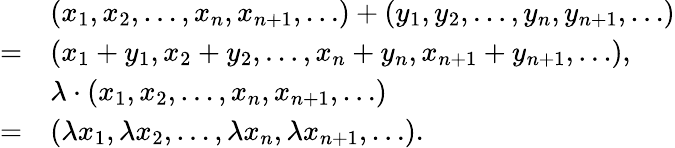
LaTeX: {\begin{array}{rl}&{(x_{1},x_{2},\ldots,x_{n},x_{n+1},\ldots)+(y_{1},y_{2},\ldots,y_{n},y_{n+1},\ldots)}\\ {=}&{(x_{1}+y_{1},x_{2}+y_{2},\ldots,x_{n}+y_{n},x_{n+1}+y_{n+1},\ldots),}\\ &{\lambda\cdot\left(x_{1},x_{2},\ldots,x_{n},x_{n+1},\ldots\right)}\\ {=}&{(\lambda x_{1},\lambda x_{2},\ldots,\lambda x_{n},\lambda x_{n+1},\ldots).}\end{array}}